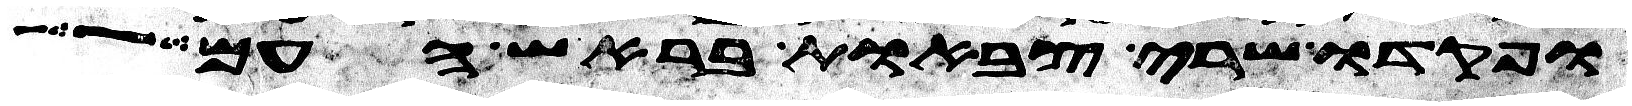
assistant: ופקדו שרי צבאות בראש העם